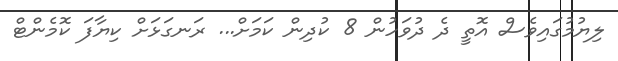
ލިޔުމުގައިވެސް އޮތީ ދެ ދުވަހުން 8 ކުދިން ކަމަށް... ރަނގަޅަށް ކިޔާފަ ކޮމެންޓް